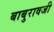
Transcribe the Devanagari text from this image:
बाबुरावजी